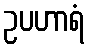
ဥပဟာရံ